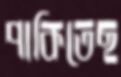
পাকিতেছ